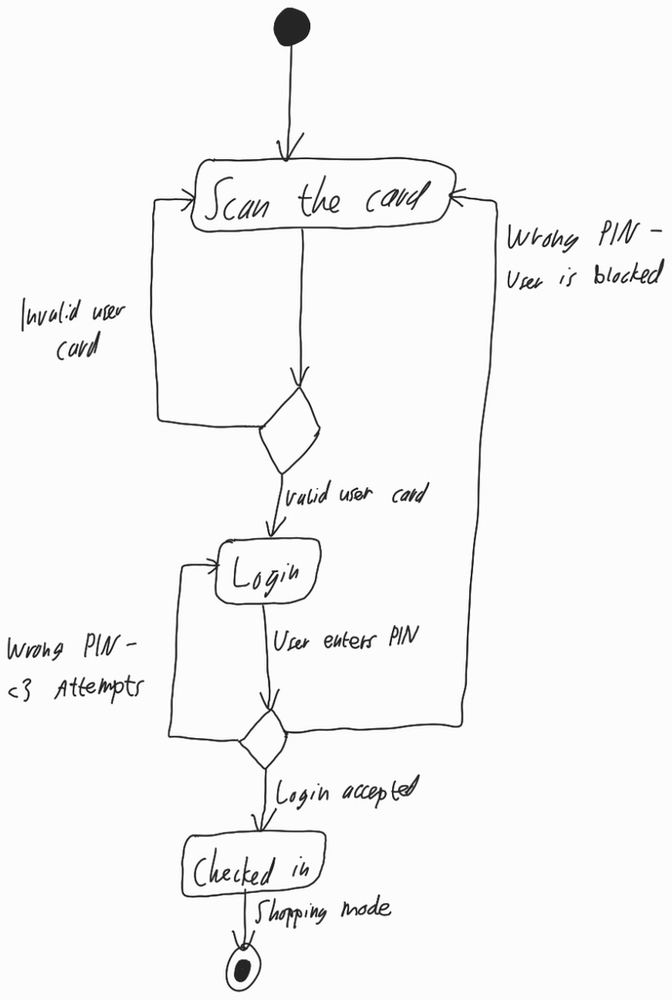
Diagram type: activity_diagram
```plantuml
@startuml

start

repeat:Scan the card;

repeat:Scan the card;
repeat while () is (Invalid user card) not (Valid user card)

repeat:Login;
-> User enters PIN;
repeat while () is (Wrong PIN - <3 Attempts)

repeat while () is (Wrong PIN - User is blocked) not (Login accepted)

:Checked in;

-> Shopping mode;

stop

@enduml
```